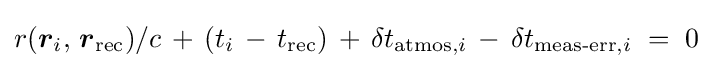
\displaystyle r({\boldsymbol {r}}_{i},\,{\boldsymbol {r}}_{\text{rec}})/c\,+\,(t_{i}\,-\,t_{\text{rec}})\,+\,\delta t_{{\text{atmos}},i}\,-\,\delta t_{{\text{meas-err}},i}\;=\;0